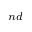
_ { n d }